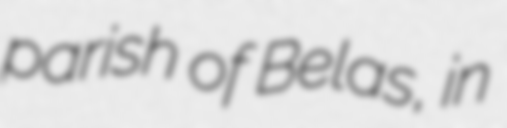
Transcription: parish of Belas, in